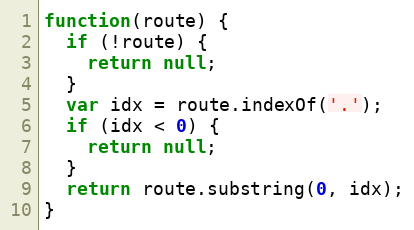
Language: JavaScript
function(route) {
  if (!route) {
    return null;
  }
  var idx = route.indexOf('.');
  if (idx < 0) {
    return null;
  }
  return route.substring(0, idx);
}